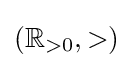
\left(\mathbb {R} _{>0},>\right)